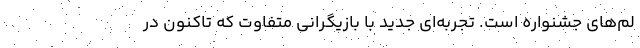
لم‌های جشنواره است. تجربه‌ای جدید با بازیگرانی متفاوت که تاکنون در